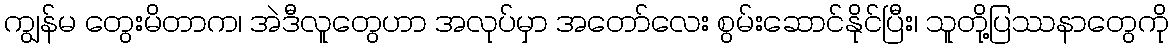
ကျွန်မ တွေးမိတာက၊ အဲဒီလူတွေဟာ အလုပ်မှာ အတော်လေး စွမ်းဆောင်နိုင်ပြီး၊ သူတို့ပြဿနာတွေကို